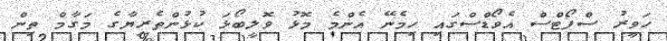
ހަވީރު ސްޕޯޓްސް އެވޯޑްސްގައި ހިމެނޭ އެންމެ މޮޅު ވޮލީބޯޅަ ކުޅުންތެރިޔާގެ މަގާމް ތިން